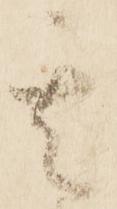
其